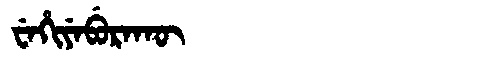
Manchu: ᠸᡝᡥᡳᠶᡝᠪᡠᡵᠠᡴᡡ
Romanization: WEHIYEBURAKŪ